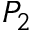
P _ { 2 }